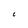
Character: C